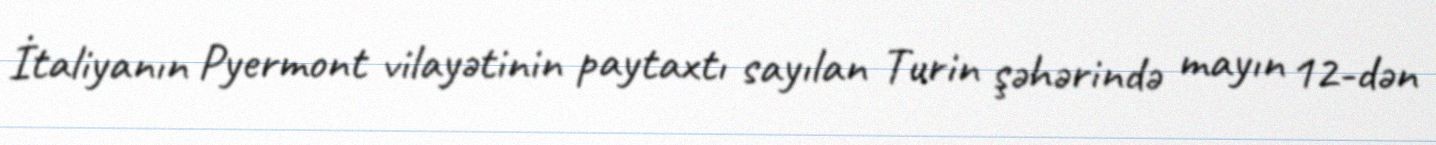
İtaliyanın Pyermont vilayətinin paytaxtı sayılan Turin şəhərində mayın 12-dən